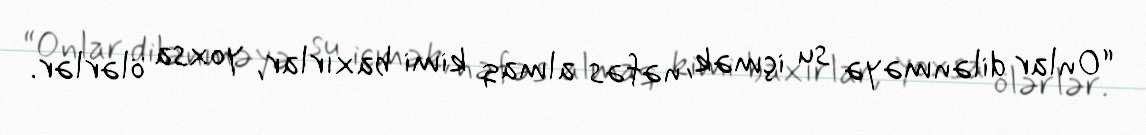
“Onlar dilənməyə su içmək, nəfəs almaq kimi baxırlar, yoxsa ölərlər.